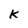
Character: K